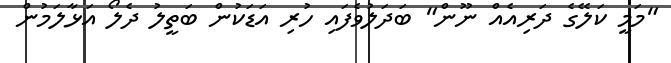
"މަމީ ކަލޭގެ ދަރިއެއް ނޫން" ބަދަލުވެފައި ހުރި އަޑަކުން ބަތީލު ދެލޯ އަޅާލަމުން